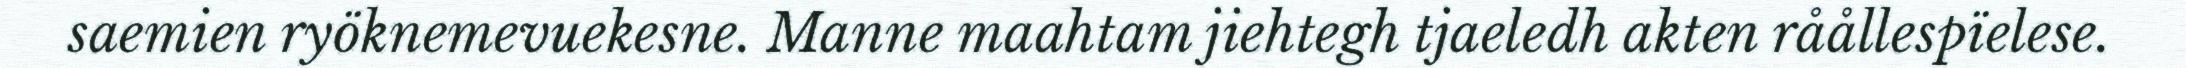
saemien ryöknemevuekesne. Manne maahtam jiehtegh tjaeledh akten råållespïelese.